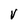
Character: v